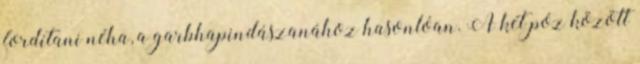
fordítani néha, a garbhapindászanához hasonlóan. A két póz között